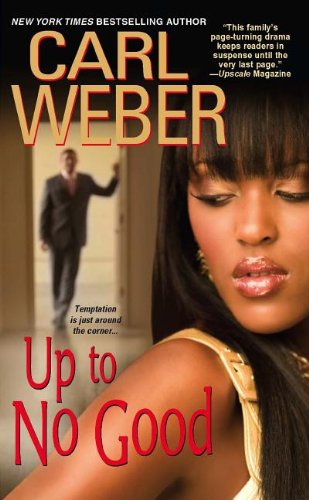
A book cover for Up To No Good (The Church Series); Carl Weber; Romance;